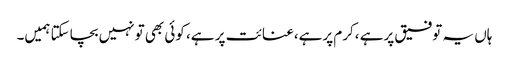
ہاں یہ توفیق پرہے ،کرم پرہے،عنائت پر ہے، کوئی بھی تونہیں بچاسکتا ہمیں۔